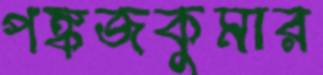
পঙ্কজকুমার